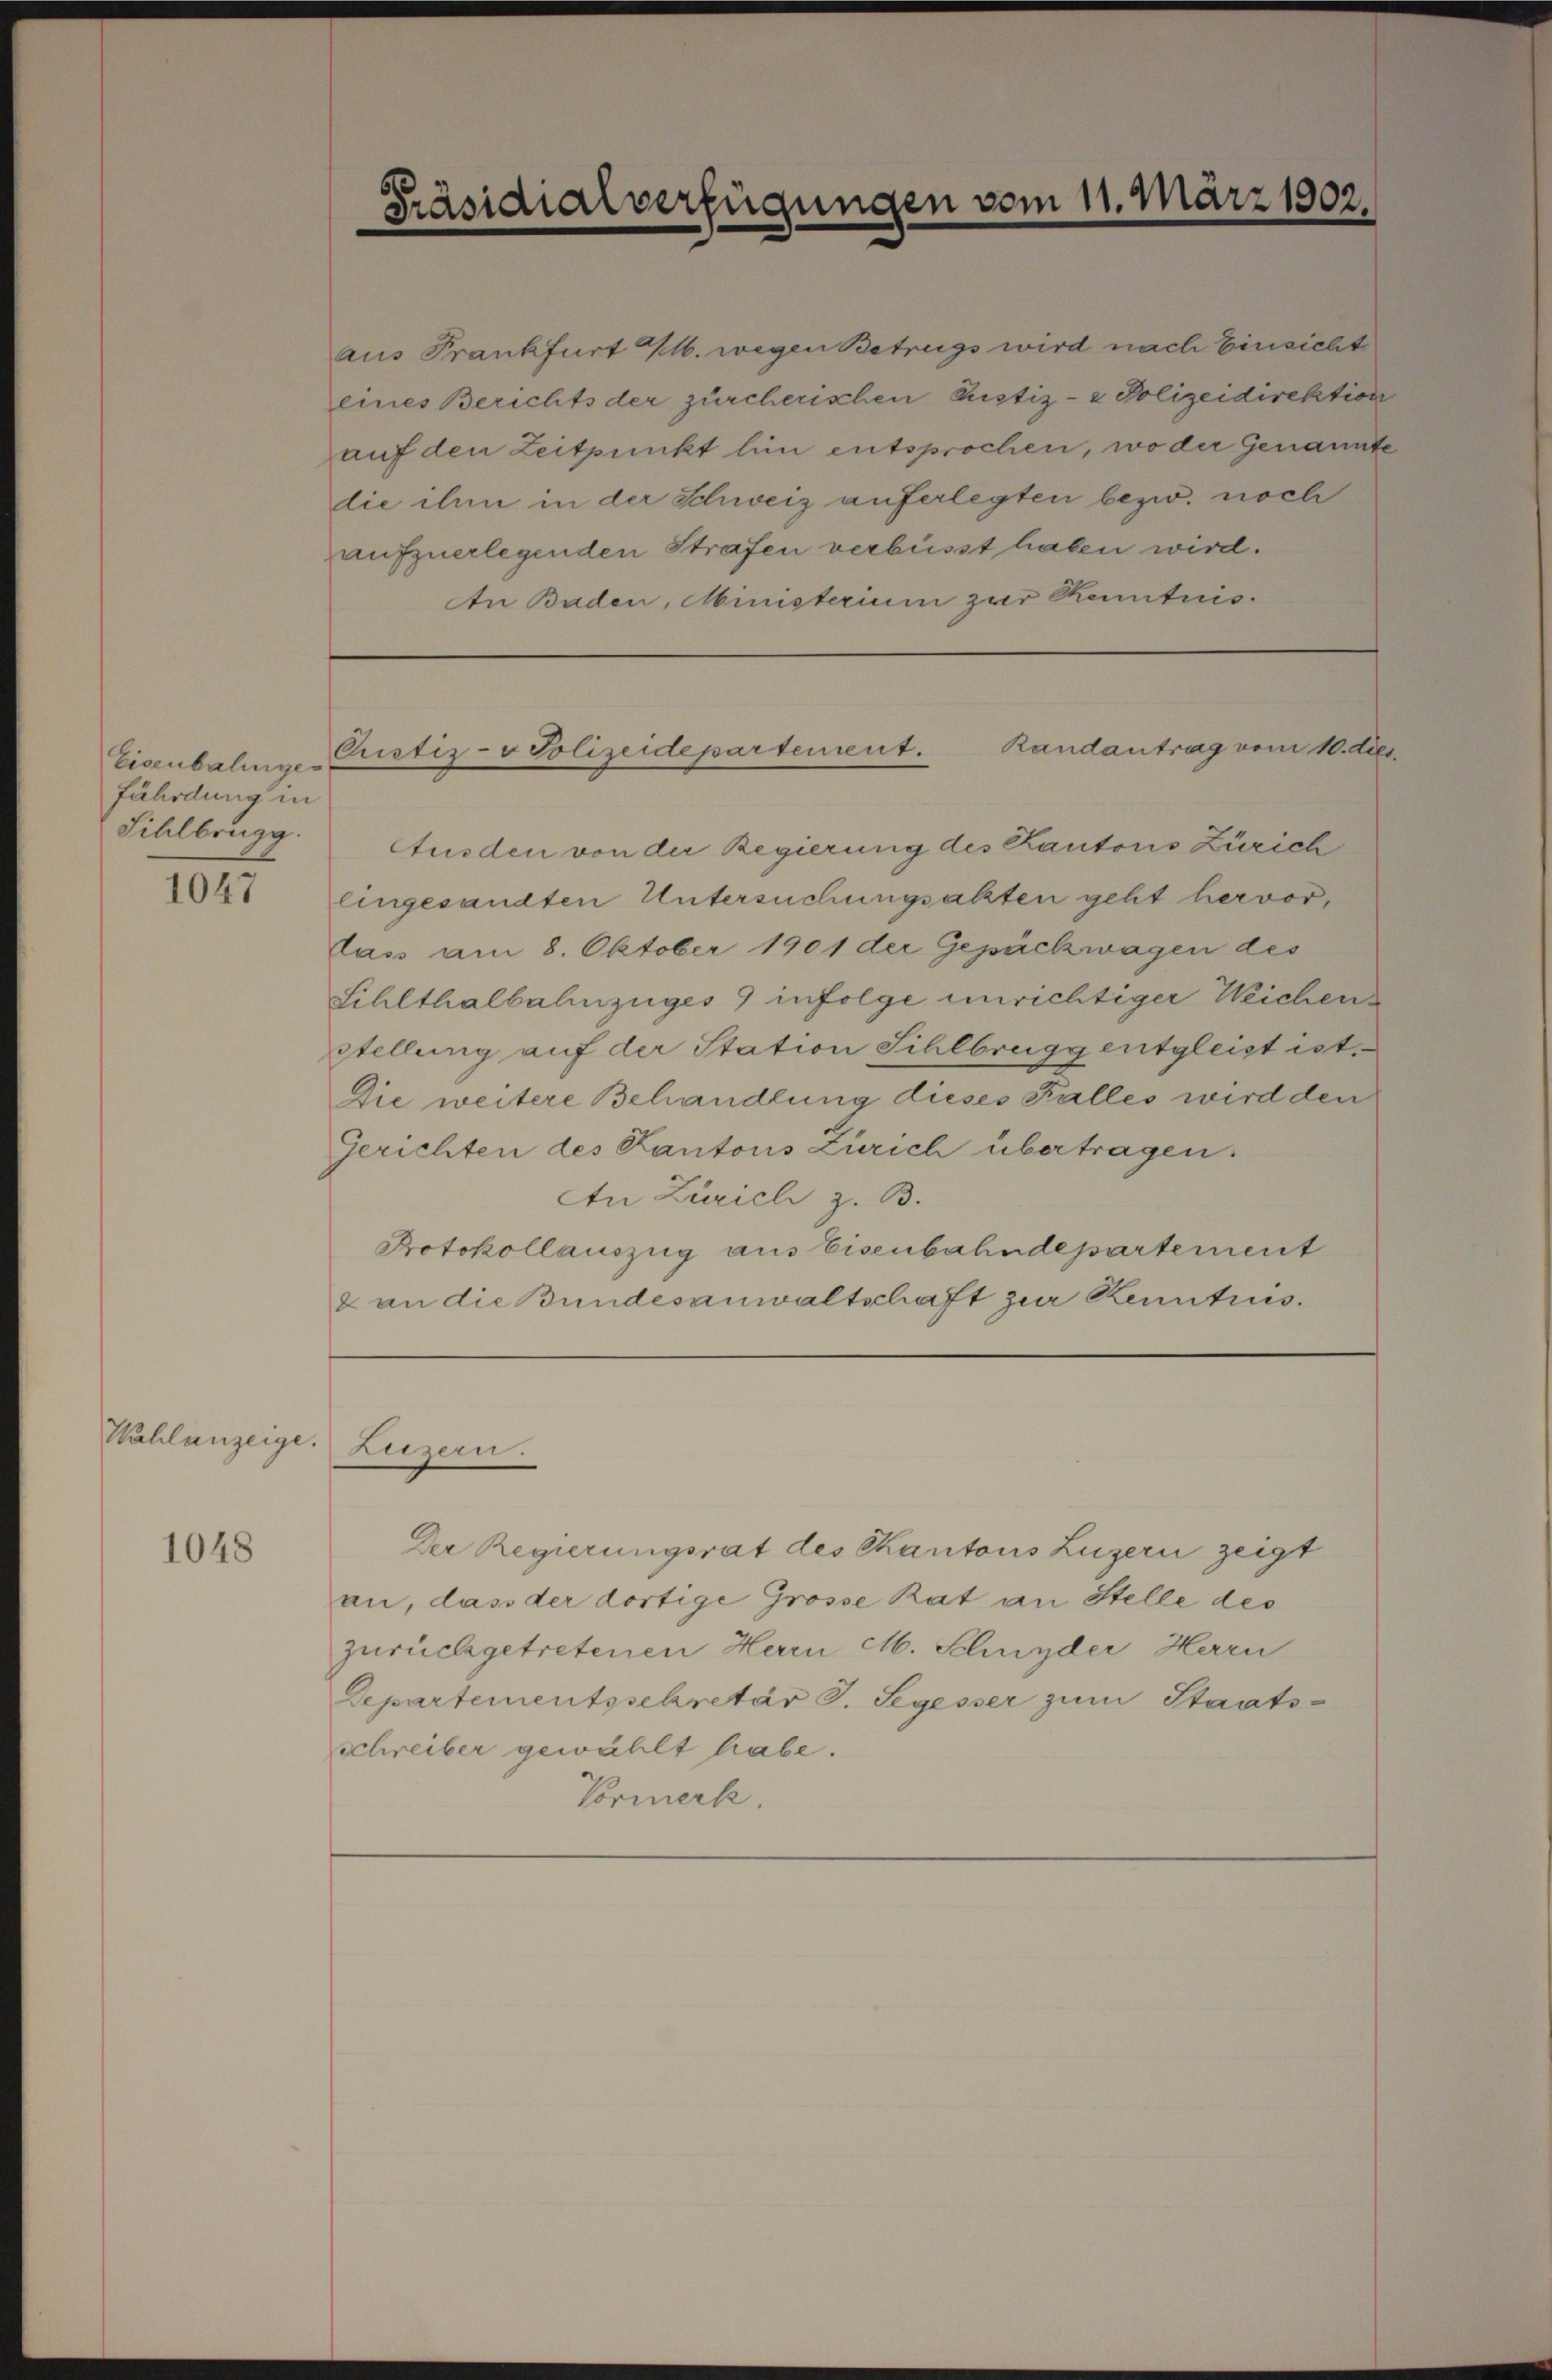
Eisenbahnges
fährdung in
Sihlbrugg.

1047

Wahlanzeige.

1048

aus Frankfurt M. wegen Betrugs wird nach Einsicht
eines Berichts der zürcherischen Pustiz- & Polizeidirektion
auf den Zeitpunkt hin entsprochen, wo der Genannte
die ihm in der Schweiz auferlegten bezw. noch
aufzuerlegenden Strafen verbüsst haben wird.
An Baden, Ministerium zur Kenntnis.

Präsidialverfügungen vom 11. März 1902.

Randantrag vom 10. dies
Cristiz- & Polizeidepartement.

Ausden von der Regierung des Kantons Zürich
lingesandten Untersuchungsakten geht hervor,
las am 8. Oktober 1901 der Gepäckwagen des
Sihlthalbahnzuges 9 infolge unrichtiger Weichen¬
Stellung auf der Station Sihlbrugg entgleist ist.
Die weitere Behandlung dieses Falles wird den
Gerichten des Kantons Zürich übertragen.
An Zürich z. B.
Protokollauszug aus Eisenbahndepartement
2 an die Bundesanwaltschaft zur Kenntnis.

Luzern.

Der Regierungsrat des Kantons Luzern zeigt
an, das der dortige Grosse Rat an Stelle des
zurückgetretenen Herrn M. Schnyder Herrn
Departementssekretär J. Segesser zum Staatsschreiber gewählt habe.
Vormerk.